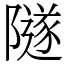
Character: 隧